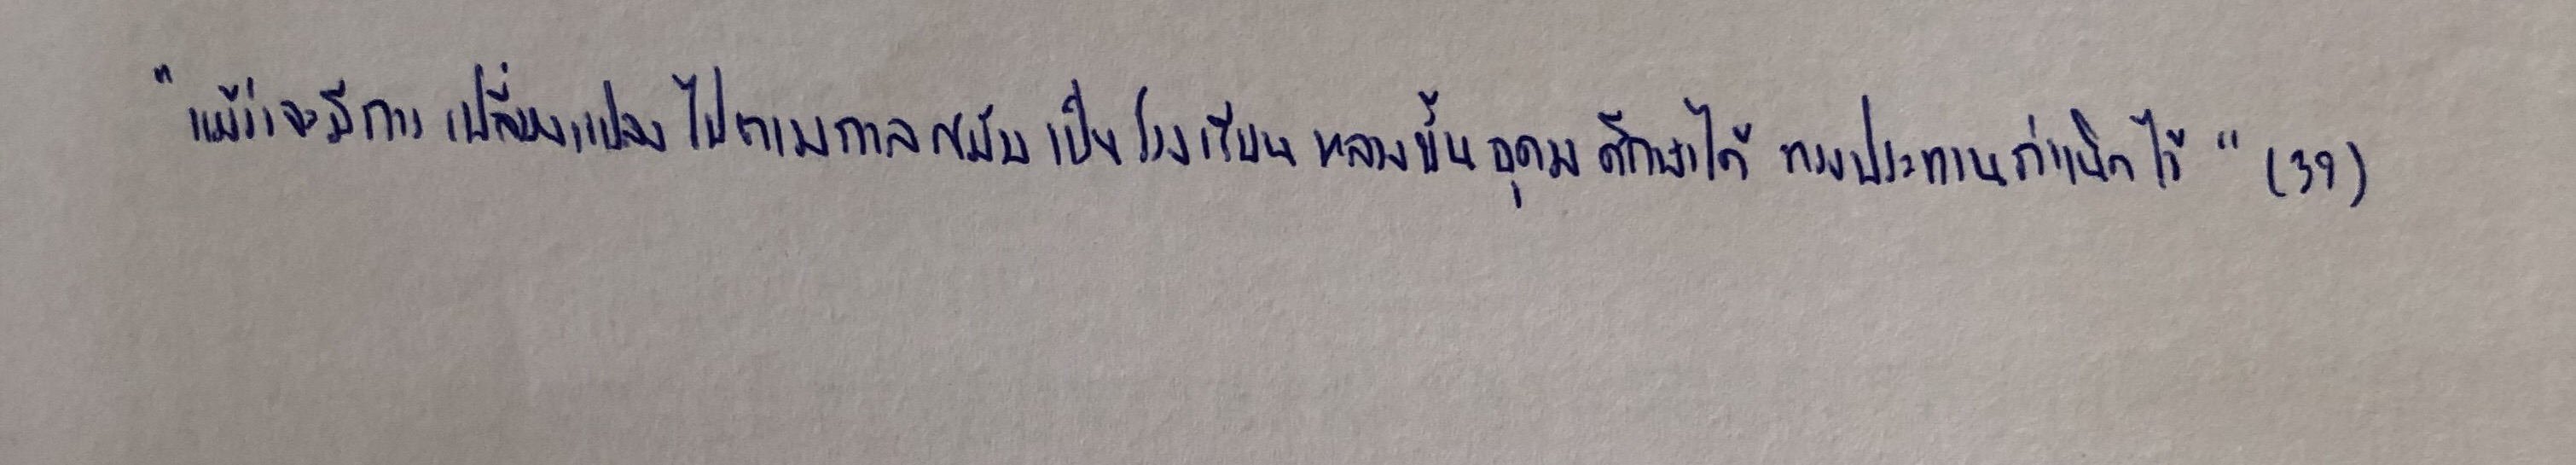
"แม้ว่าจะมีการเปลี่ยนแปลงไปตามกาลสมัยเป็นโรงเรียนหลวงขั้นอุดมศึกษาได้ทรงประทานกำเนิดไว้"(39)